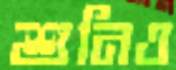
শুনিও